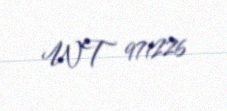
WT 971226